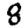
Digit: 8